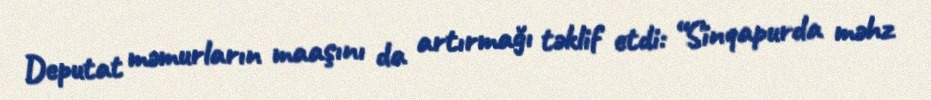
Deputat məmurların maaşını da artırmağı təklif etdi: “Sinqapurda məhz